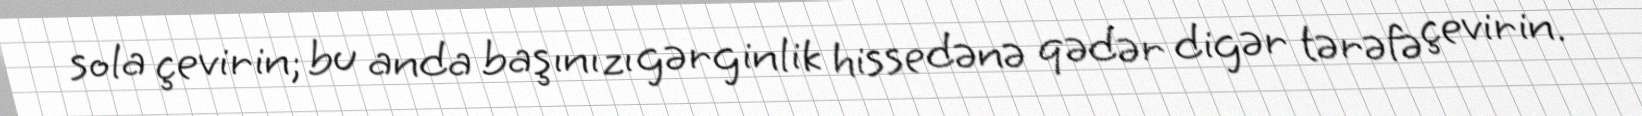
sola çevirin; bu anda başınızı gərginlik hissedənə qədər digər tərəfə çevirin.